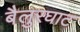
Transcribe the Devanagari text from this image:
बैलुरघाट